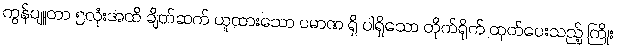
ကွန်ပျူတာ ၅လုံးအထိ ချိတ်ဆက် ယူထားသော ပမာဏ ရှိ ပါရှိသော တိုက်ရိုက် ထုတ်ပေးသည့် ကြိုး